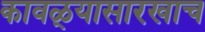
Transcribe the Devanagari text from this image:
कावळ्यासारखाच